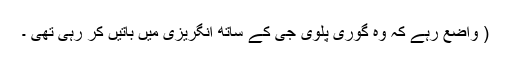
( واضع رہے کہ وہ گوری پلوی جی کے ساتھ انگریزی میں باتیں کر رہی تھی ۔